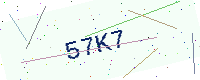
Text: 57K7